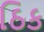
ઠિક